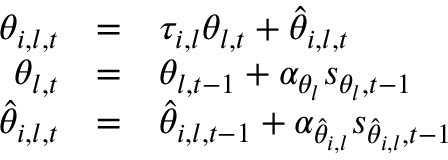
\begin{array} { r c l } { \theta _ { i , l , t } } & { = } & { \tau _ { i , l } \theta _ { l , t } + \hat { \theta } _ { i , l , t } } \\ { \theta _ { l , t } } & { = } & { \theta _ { l , t - 1 } + \alpha _ { \theta _ { l } } s _ { \theta _ { l } , t - 1 } } \\ { \hat { \theta } _ { i , l , t } } & { = } & { \hat { \theta } _ { i , l , t - 1 } + \alpha _ { \hat { \theta } _ { i , l } } s _ { \hat { \theta } _ { i , l } , t - 1 } } \end{array}